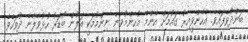
ބަންދުވެފައެވެ. އެހެންވީއިރު ގައުމަށް އެންމެ މުހިންމުވާނެ ނިންމުމަކީ އަލުން ބޯޑަރު ހުޅުވާލާނެ ދުވަހެވެ.